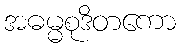
အဓမ္မစုဒိတကော